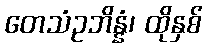
တေသံဥဘိန္နံ၊ ထိုနှစ်